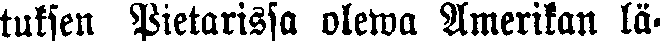
tuksen Pietarissa olewa Amerikan lä-